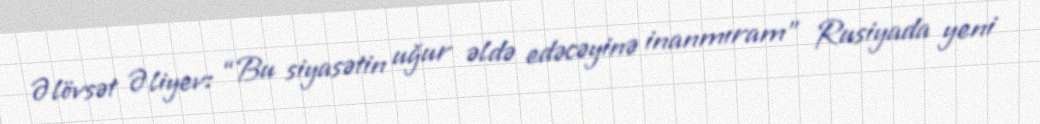
Əlövsət Əliyev: “Bu siyasətin uğur əldə edəcəyinə inanmıram” Rusiyada yeni